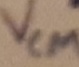
Text: VCM